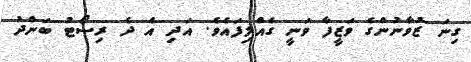
ގިނަ ޒުވާނުންގެ ވަޒީފާ ވަނީ ގެއްލިފައެވެ. އަދި އެ ދެ ރިސޯޓު ބަންދު